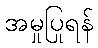
အမှုပြုရန်